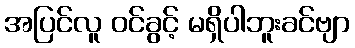
အပြင်လူ ဝင်ခွင့် မရှိပါဘူးခင်ဗျာ